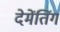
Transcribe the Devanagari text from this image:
देमेंतिंग